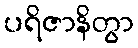
ပရိဇာနိတွာ